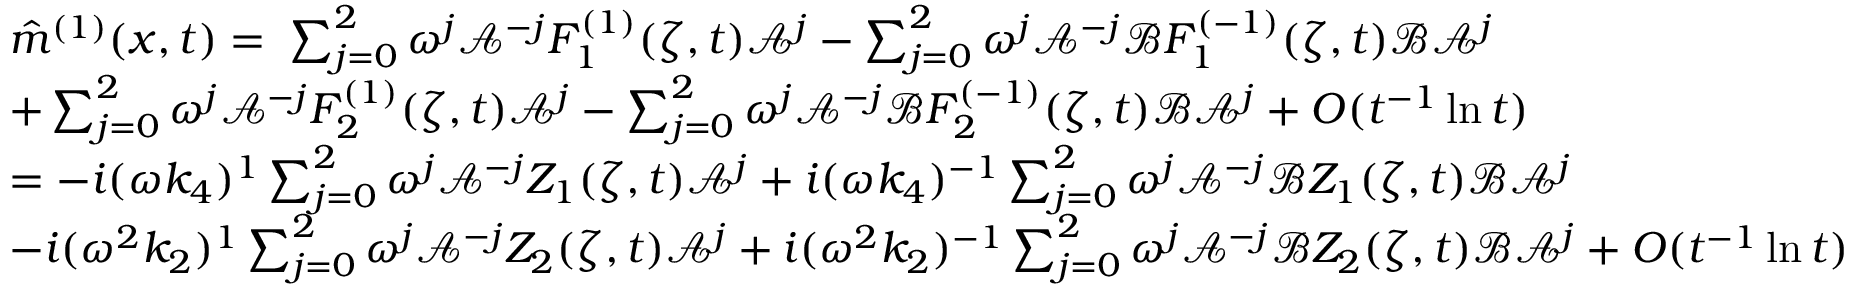
\begin{array} { r l } & { \hat { m } ^ { ( 1 ) } ( x , t ) = \; \sum _ { j = 0 } ^ { 2 } \omega ^ { j } \mathcal { A } ^ { - j } F _ { 1 } ^ { ( 1 ) } ( \zeta , t ) \mathcal { A } ^ { j } - \sum _ { j = 0 } ^ { 2 } \omega ^ { j } \mathcal { A } ^ { - j } \mathcal { B } F _ { 1 } ^ { ( - 1 ) } ( \zeta , t ) \mathcal { B } \mathcal { A } ^ { j } } \\ & { + \sum _ { j = 0 } ^ { 2 } \omega ^ { j } \mathcal { A } ^ { - j } F _ { 2 } ^ { ( 1 ) } ( \zeta , t ) \mathcal { A } ^ { j } - \sum _ { j = 0 } ^ { 2 } \omega ^ { j } \mathcal { A } ^ { - j } \mathcal { B } F _ { 2 } ^ { ( - 1 ) } ( \zeta , t ) \mathcal { B } \mathcal { A } ^ { j } + O ( t ^ { - 1 } \ln t ) } \\ & { = - i ( \omega k _ { 4 } ) ^ { 1 } \sum _ { j = 0 } ^ { 2 } \omega ^ { j } \mathcal { A } ^ { - j } Z _ { 1 } ( \zeta , t ) \mathcal { A } ^ { j } + i ( \omega k _ { 4 } ) ^ { - 1 } \sum _ { j = 0 } ^ { 2 } \omega ^ { j } \mathcal { A } ^ { - j } \mathcal { B } Z _ { 1 } ( \zeta , t ) \mathcal { B } \mathcal { A } ^ { j } } \\ & { - i ( \omega ^ { 2 } k _ { 2 } ) ^ { 1 } \sum _ { j = 0 } ^ { 2 } \omega ^ { j } \mathcal { A } ^ { - j } Z _ { 2 } ( \zeta , t ) \mathcal { A } ^ { j } + i ( \omega ^ { 2 } k _ { 2 } ) ^ { - 1 } \sum _ { j = 0 } ^ { 2 } \omega ^ { j } \mathcal { A } ^ { - j } \mathcal { B } Z _ { 2 } ( \zeta , t ) \mathcal { B } \mathcal { A } ^ { j } + O ( t ^ { - 1 } \ln t ) } \end{array}